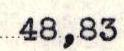
48,83